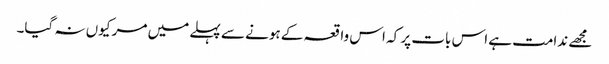
مجھے ندامت ہے اس بات پر کہ اس واقعہ کے ہونے سے پہلے میں مر کیوں نہ گیا۔